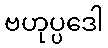
ဗဟုပ္ပဒေါ